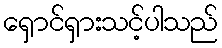
ရှောင်ရှားသင့်ပါသည်